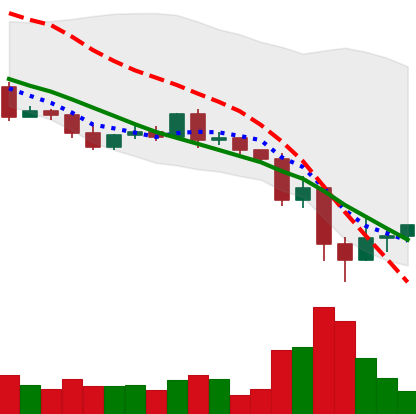
Ticker: XRP-USD
Chart end date: 2022-05-15
Forward return: -8.099%
Label: down_7plus